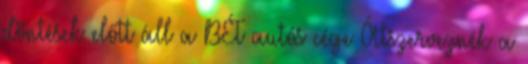
döntések előtt áll a BÉT autós cége Átszerveznék a